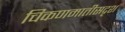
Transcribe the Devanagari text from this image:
चिकणमातीसदृश